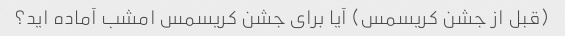
(قبل از جشن کریسمس) آیا برای جشن کریسمس امشب آماده اید؟